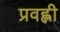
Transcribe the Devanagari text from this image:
प्रवह्ली